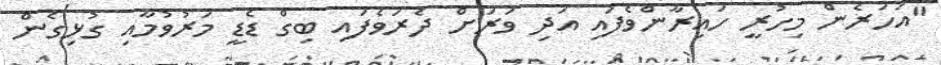
"އަހަރެން މިހުރީ ހައިރާންވެފައި އަދި ވަރަށް ދެރަވެފައި ބިގް ޑެޑީ މަރުވުމާއި ގުޅިގެން